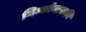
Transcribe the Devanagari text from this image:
मिन्कोवासकी